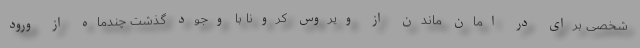
شخصی برای در امان ماندن از ویروس کرونا با وجود گذشت چندماه از ورود